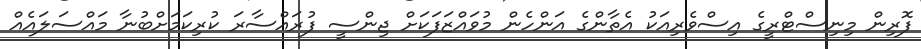
ފޮރިން މިނިސްޓްރީގެ އިސްވެރިއަކު އެތާންގެ އަންހެން މުވައްޒަފަކަށް ޖިންސީ ފުރައްސާރަ ކުރިކަމަށްބުނާ މައްސަލައެއް